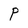
Character: P